Indian journal of veterinary science and animal husbandry - Volumes 22-23, 1952-1953
Year: 1952
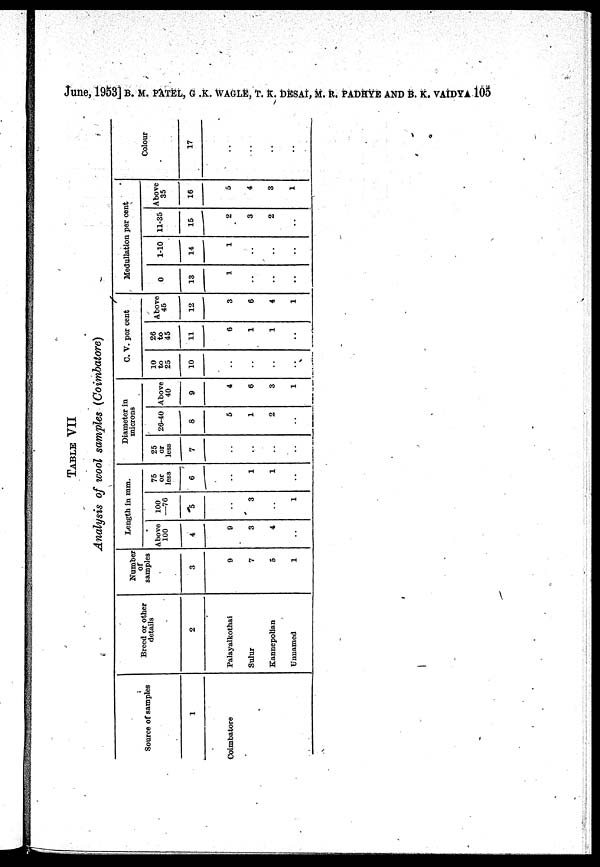
June, 1953] B. M. PATEL, G .K. WAGLE, T. K. DESAI, M. R. PADHYE AND B. K. VAIDYA 105
TABLE VII
Analysis of wool samples (Coimbatore)
Source of samples
1
Coimbatore
Breed or other
details
2
Palayalkothai
Sulur
Kannepolian
Unnamed
Number
of
samples
3
9
7
5
1
Length in mm.
Above
100
4
9
3
4
..
100
—76
5
..
3
..
1
75
or
less
6
..
1
1
..
Diameter in
microns
25
or
less
7
..
..
..
..
26-40
8
5
1
2
..
Above
40
9
4
6
3
1
C. V. per cent
10
to
25
10
..
..
..
..
26
to
45
11
6
1
1
..
Above
45
12
3
6
4
1
Medullation per cent
0
13
1
..
..
..
1-10
14
1
..
..
..
11-35
15
2
3
2
..
Above
35
16
5
4
3
1
Colour
17
..
..
..
..